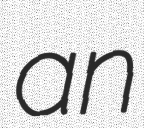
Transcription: an